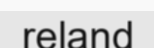
reland